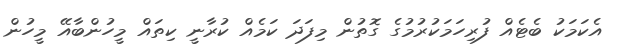
އެކަމަކު ބެޓެއް ފުރިހަމަކުރުމުގެ ގޮތުން މިފަދަ ކަމެއް ކުރާނީ ކިތައް މީހުންބާއޭ މީހުން